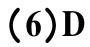
(6)D